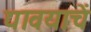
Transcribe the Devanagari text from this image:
द्यावयाचें